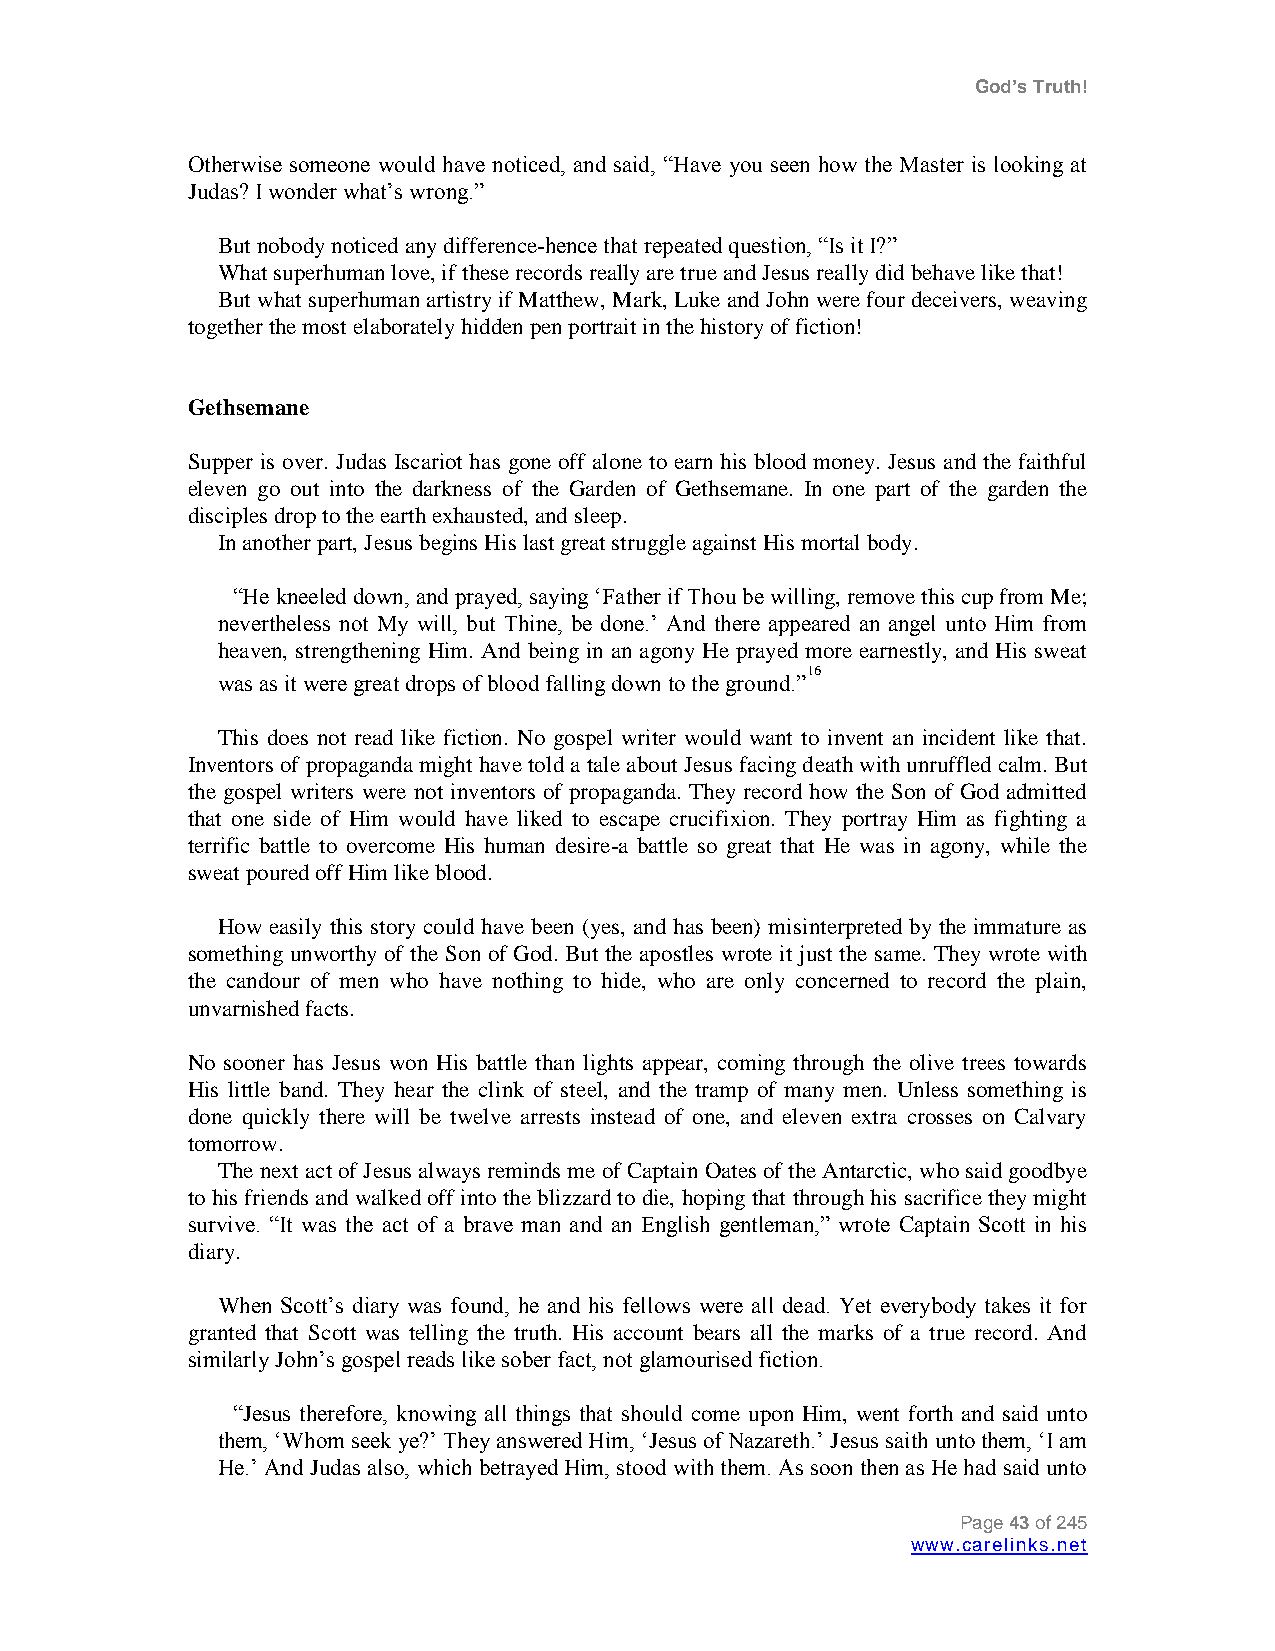
God’s Truth!
 Otherwise someone would have noticed, and said, “Have you seen how the Master is looking at
 Judas? I wonder what‟s wrong.”
 But nobody noticed any difference-hence that repeated question, “Is it I?”
 What superhuman love, if these records really are true and Jesus really did behave like that!
 But what superhuman artistry if Matthew, Mark, Luke and John were four deceivers, weaving
 together the most elaborately hidden pen portrait in the history of fiction!
 Gethsemane
 Supper is over. Judas Iscariot has gone off alone to earn his blood money. Jesus and the faithful
 eleven go out into the darkness of the Garden of Gethsemane. In one part of the garden the
 disciples drop to the earth exhausted, and sleep.
 In another part, Jesus begins His last great struggle against His mortal body.
 “He kneeled down, and prayed, saying „Father if Thou be willing, remove this cup from Me;
 nevertheless not My will, but Thine, be done.‟ And there appeared an angel unto Him from
 heaven, strengthening Him. And being in an agony He prayed more earnestly, and His sweat
 16
 was as it were great drops of blood falling down to the ground.”
 This does not read like fiction. No gospel writer would want to invent an incident like that.
 Inventors of propaganda might have told a tale about Jesus facing death with unruffled calm. But
 the gospel writers were not inventors of propaganda. They record how the Son of God admitted
 that one side of Him would have liked to escape crucifixion. They portray Him as fighting a
 terrific battle to overcome His human desire-a battle so great that He was in agony, while the
 sweat poured off Him like blood.
 How easily this story could have been (yes, and has been) misinterpreted by the immature as
 something unworthy of the Son of God. But the apostles wrote it just the same. They wrote with
 the candour of men who have nothing to hide, who are only concerned to record the plain,
 unvarnished facts.
 No sooner has Jesus won His battle than lights appear, coming through the olive trees towards
 His little band. They hear the clink of steel, and the tramp of many men. Unless something is
 done quickly there will be twelve arrests instead of one, and eleven extra crosses on Calvary
 tomorrow.
 The next act of Jesus always reminds me of Captain Oates of the Antarctic, who said goodbye
 to his friends and walked off into the blizzard to die, hoping that through his sacrifice they might
 survive. “It was the act of a brave man and an English gentleman,” wrote Captain Scott in his
 diary.
 When Scott‟s diary was found, he and his fellows were all dead. Yet everybody takes it for
 granted that Scott was telling the truth. His account bears all the marks of a true record. And
 similarly John‟s gospel reads like sober fact, not glamourised fiction.
 “Jesus therefore, knowing all things that should come upon Him, went forth and said unto
 them, „Whom seek ye?‟ They answered Him, „Jesus of Nazareth.‟ Jesus saith unto them, „I am
 He.‟ And Judas also, which betrayed Him, stood with them. As soon then as He had said unto
 Page 43 of 245
 www.carelinks.net